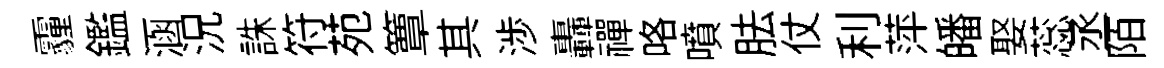
霾鑑涵況誅符苑簟其渉轟禪咯噴胠仗利萍皤娶蕊丞陌